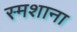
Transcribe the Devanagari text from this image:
स्मशाना